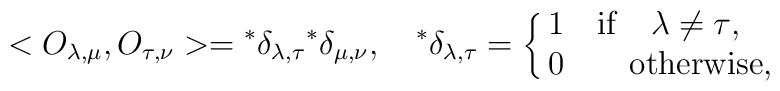
<O_{\lambda,\mu},O_{\tau,\nu}>={}^{*}\delta_{\lambda,\tau}{}^{*}\delta_{\mu,\nu},\quad {}^{*}\delta_{\lambda,\tau}=\cases{1 \quad \rm if\quad{\lambda \neq \tau},\cr 0  \qquad \rm otherwise,\cr}